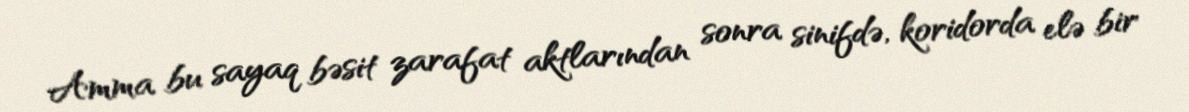
Amma bu sayaq bəsit zarafat aktlarından sonra sinifdə, koridorda elə bir